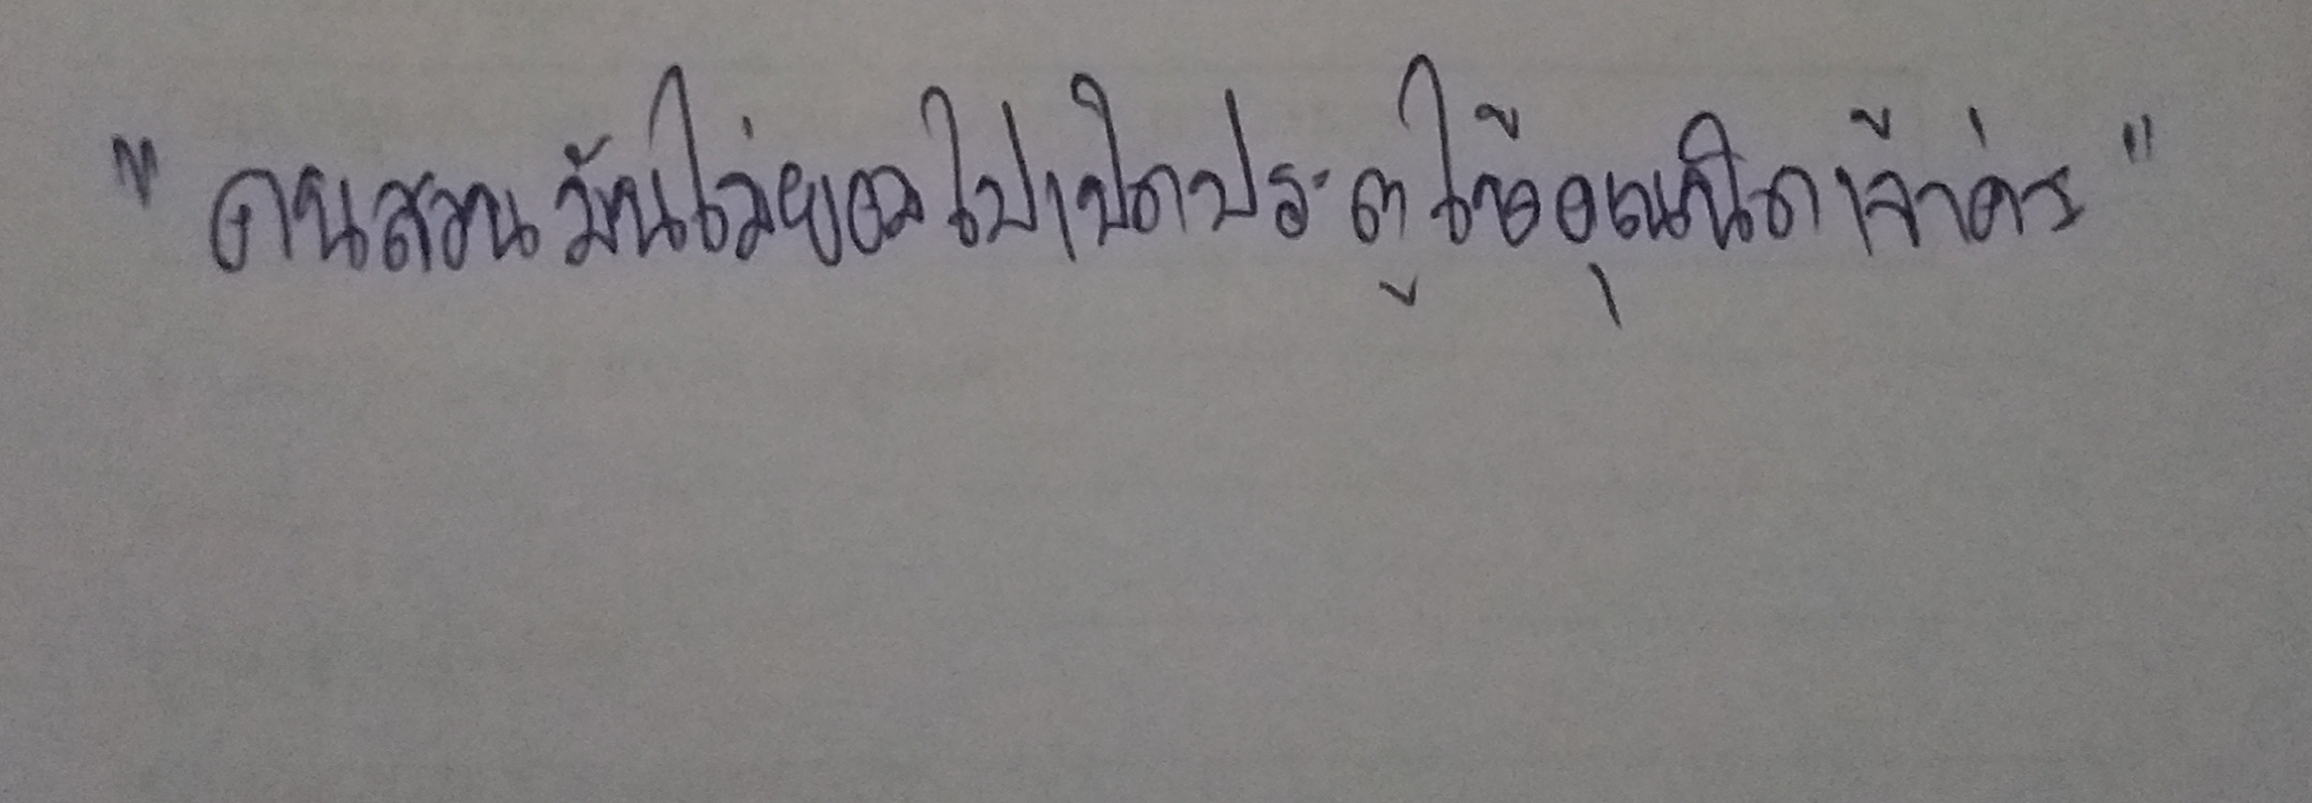
"คนสวนมันไม่ยอมไปเปิดประตูให้คุณนิดเจ้าค่ะ"